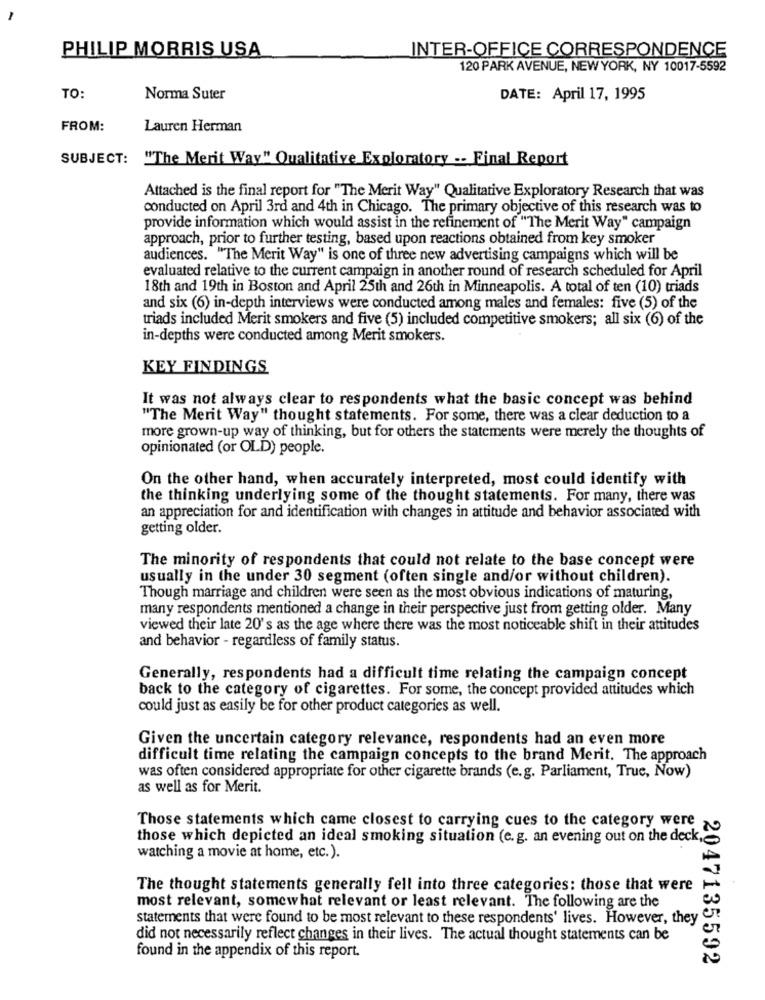
PHILIP MORRIS USA
INTER-OFFICE CORRESPONDENCE
120 PARK AVENUE, NEW YORK, NY 10017-5592
TO:
Norma Suter
DATE: April 17, 1995
FROM:
Lauren Herman
SUBJECT: "The Merit Way" Qualitative Exploratory -- Final Report
Attached is the final report for "The Merit Way" Qualitative Exploratory Research that was
conducted on April 3rd and 4th in Chicago. The primary objective of this research was to
provide information which would assist in the refinement of "The Merit Way" campaign
approach, prior to further testing, based upon reactions obtained from key smoker
audiences. "The Merit Way" is one of three new advertising campaigns which will be
evaluated relative to the current campaign in another round of research scheduled for April
18th and 19th in Boston and April 25th and 26th in Minneapolis. A total of ten (10) triads
and six (6) in-depth interviews were conducted among males and females: five (5) of the
triads included Merit smokers and five (5) included competitive smokers; all six (6) of the
in-depths were conducted among Merit smokers.
KEY FINDINGS
It was not always clear to respondents what the basic concept was behind
"The Merit Way" thought statements. For some, there was a clear deduction to a
more grown-up way of thinking, but for others the statements were merely the thoughts of
opinionated (or OLD) people.
On the other hand, when accurately interpreted, most could identify with
the thinking underlying some of the thought statements. For many, there was
an appreciation for and identification with changes in attitude and behavior associated with
getting older.
The minority of respondents that could not relate to the base concept were
usually in the under 30 segment (often single and/or without children).
Though marriage and children were seen as the most obvious indications of maturing,
many respondents mentioned a change in their perspective just from getting older. Many
viewed their late 20's as the age where there was the most noticeable shift in their attitudes
and behavior - regardless of family status.
Generally, respondents had a difficult time relating the campaign concept
back to the category of cigarettes. For some, the concept provided attitudes which
could just as easily be for other product categories as well.
Given the uncertain category relevance, respondents had an even more
difficult time relating the campaign concepts to the brand Merit. The approach
was often considered appropriate for other cigarette brands (e.g. Parliament, True, Now)
as well as for Merit.
Those statements which came closest to carrying cues to the category were
those which depicted an ideal smoking situation (e.g. an evening out on the deck,
watching a movie at home, etc. ).
The thought statements generally fell into three categories: those that were
most relevant, somewhat relevant or least relevant. The following are the
statements that were found to be most relevant to these respondents' lives. However, they
did not necessarily reflect changes in their lives. The actual thought statements can be
found in the appendix of this report.
2047135592